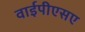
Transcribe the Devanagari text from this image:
वाईपीएसए